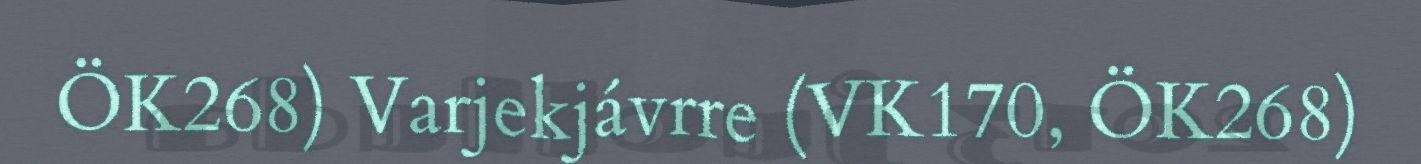
ÖK268) Varjekjávrre (VK170, ÖK268)